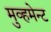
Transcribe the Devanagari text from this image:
मुव्हमेन्ट